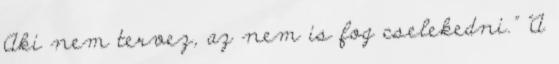
Aki nem tervez, az nem is fog cselekedni." "A